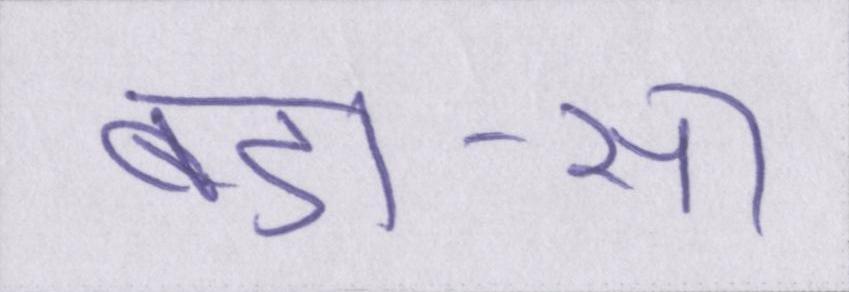
बड़ा-सा